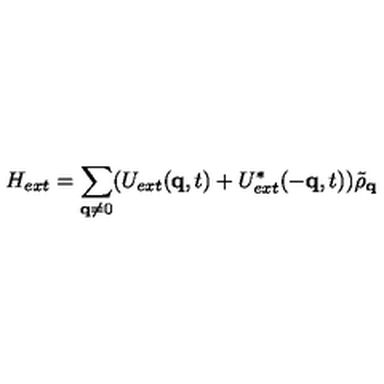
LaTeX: H _ { e x t } = \sum _ { { \bf { q } } \neq 0 } ( U _ { e x t } ( { \bf { q } } , t ) + U _ { e x t } ^ { * } ( - { \bf { q } } , t ) ) { \tilde { \rho } } _ { { \bf { q } } }